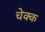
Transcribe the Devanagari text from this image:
चेक्क